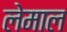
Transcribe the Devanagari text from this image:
लेमाल